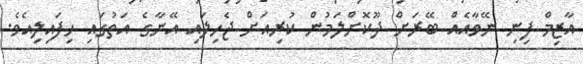
އާޒިމް ފިނި ނޭވާއެއް ބޭރަށް ދޫކޮށްލަމުން ކުރިއަށް ޖެހިލައި އޭނާގެ އަތުގައި ހިފައިލިއެވެ.